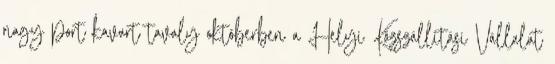
nagy port kavart tavaly októberben a Helyi Közszállítási Vállalat